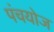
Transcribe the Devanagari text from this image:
पंचयोज